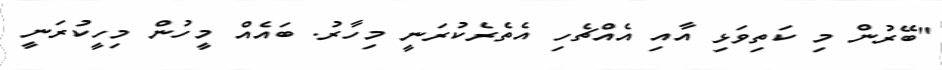
"ބޭރުން މި ކަތިވަޅި އާއި އެއްޗެހި އެތެރެކުރަނީ މިހާރު. ބައެއް މީހުން މިހީކުރަނީ